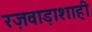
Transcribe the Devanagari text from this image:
रज़वाड़ाशाही